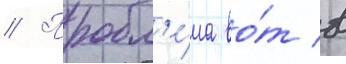
// Пробл'е́ма во́т в